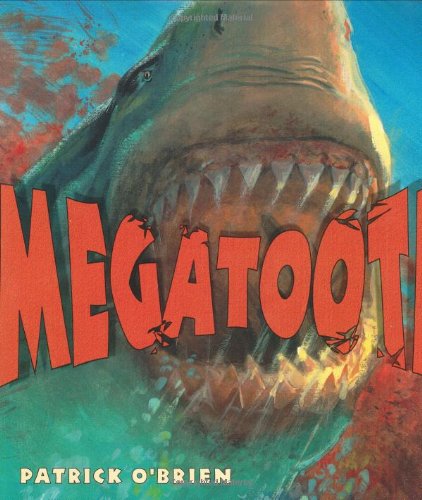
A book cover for Megatooth; Patrick O'Brien; Children's Books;